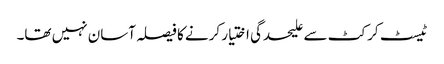
ٹیسٹ کرکٹ سے علیحدگی اختیار کرنے کا فیصلہ آسان نہیں تھا۔